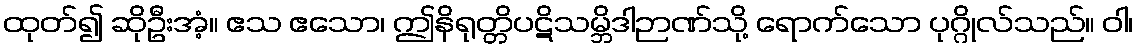
ထုတ်၍ ဆိုဦးအံ့။ ဧသ ဧသော၊ ဤနိရုတ္တိပဋိသမ္ဘိဒါဉာဏ်သို့ ရောက်သော ပုဂ္ဂိုလ်သည်။ ဝါ၊